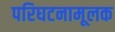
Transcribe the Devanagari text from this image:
परिघटनामूलक